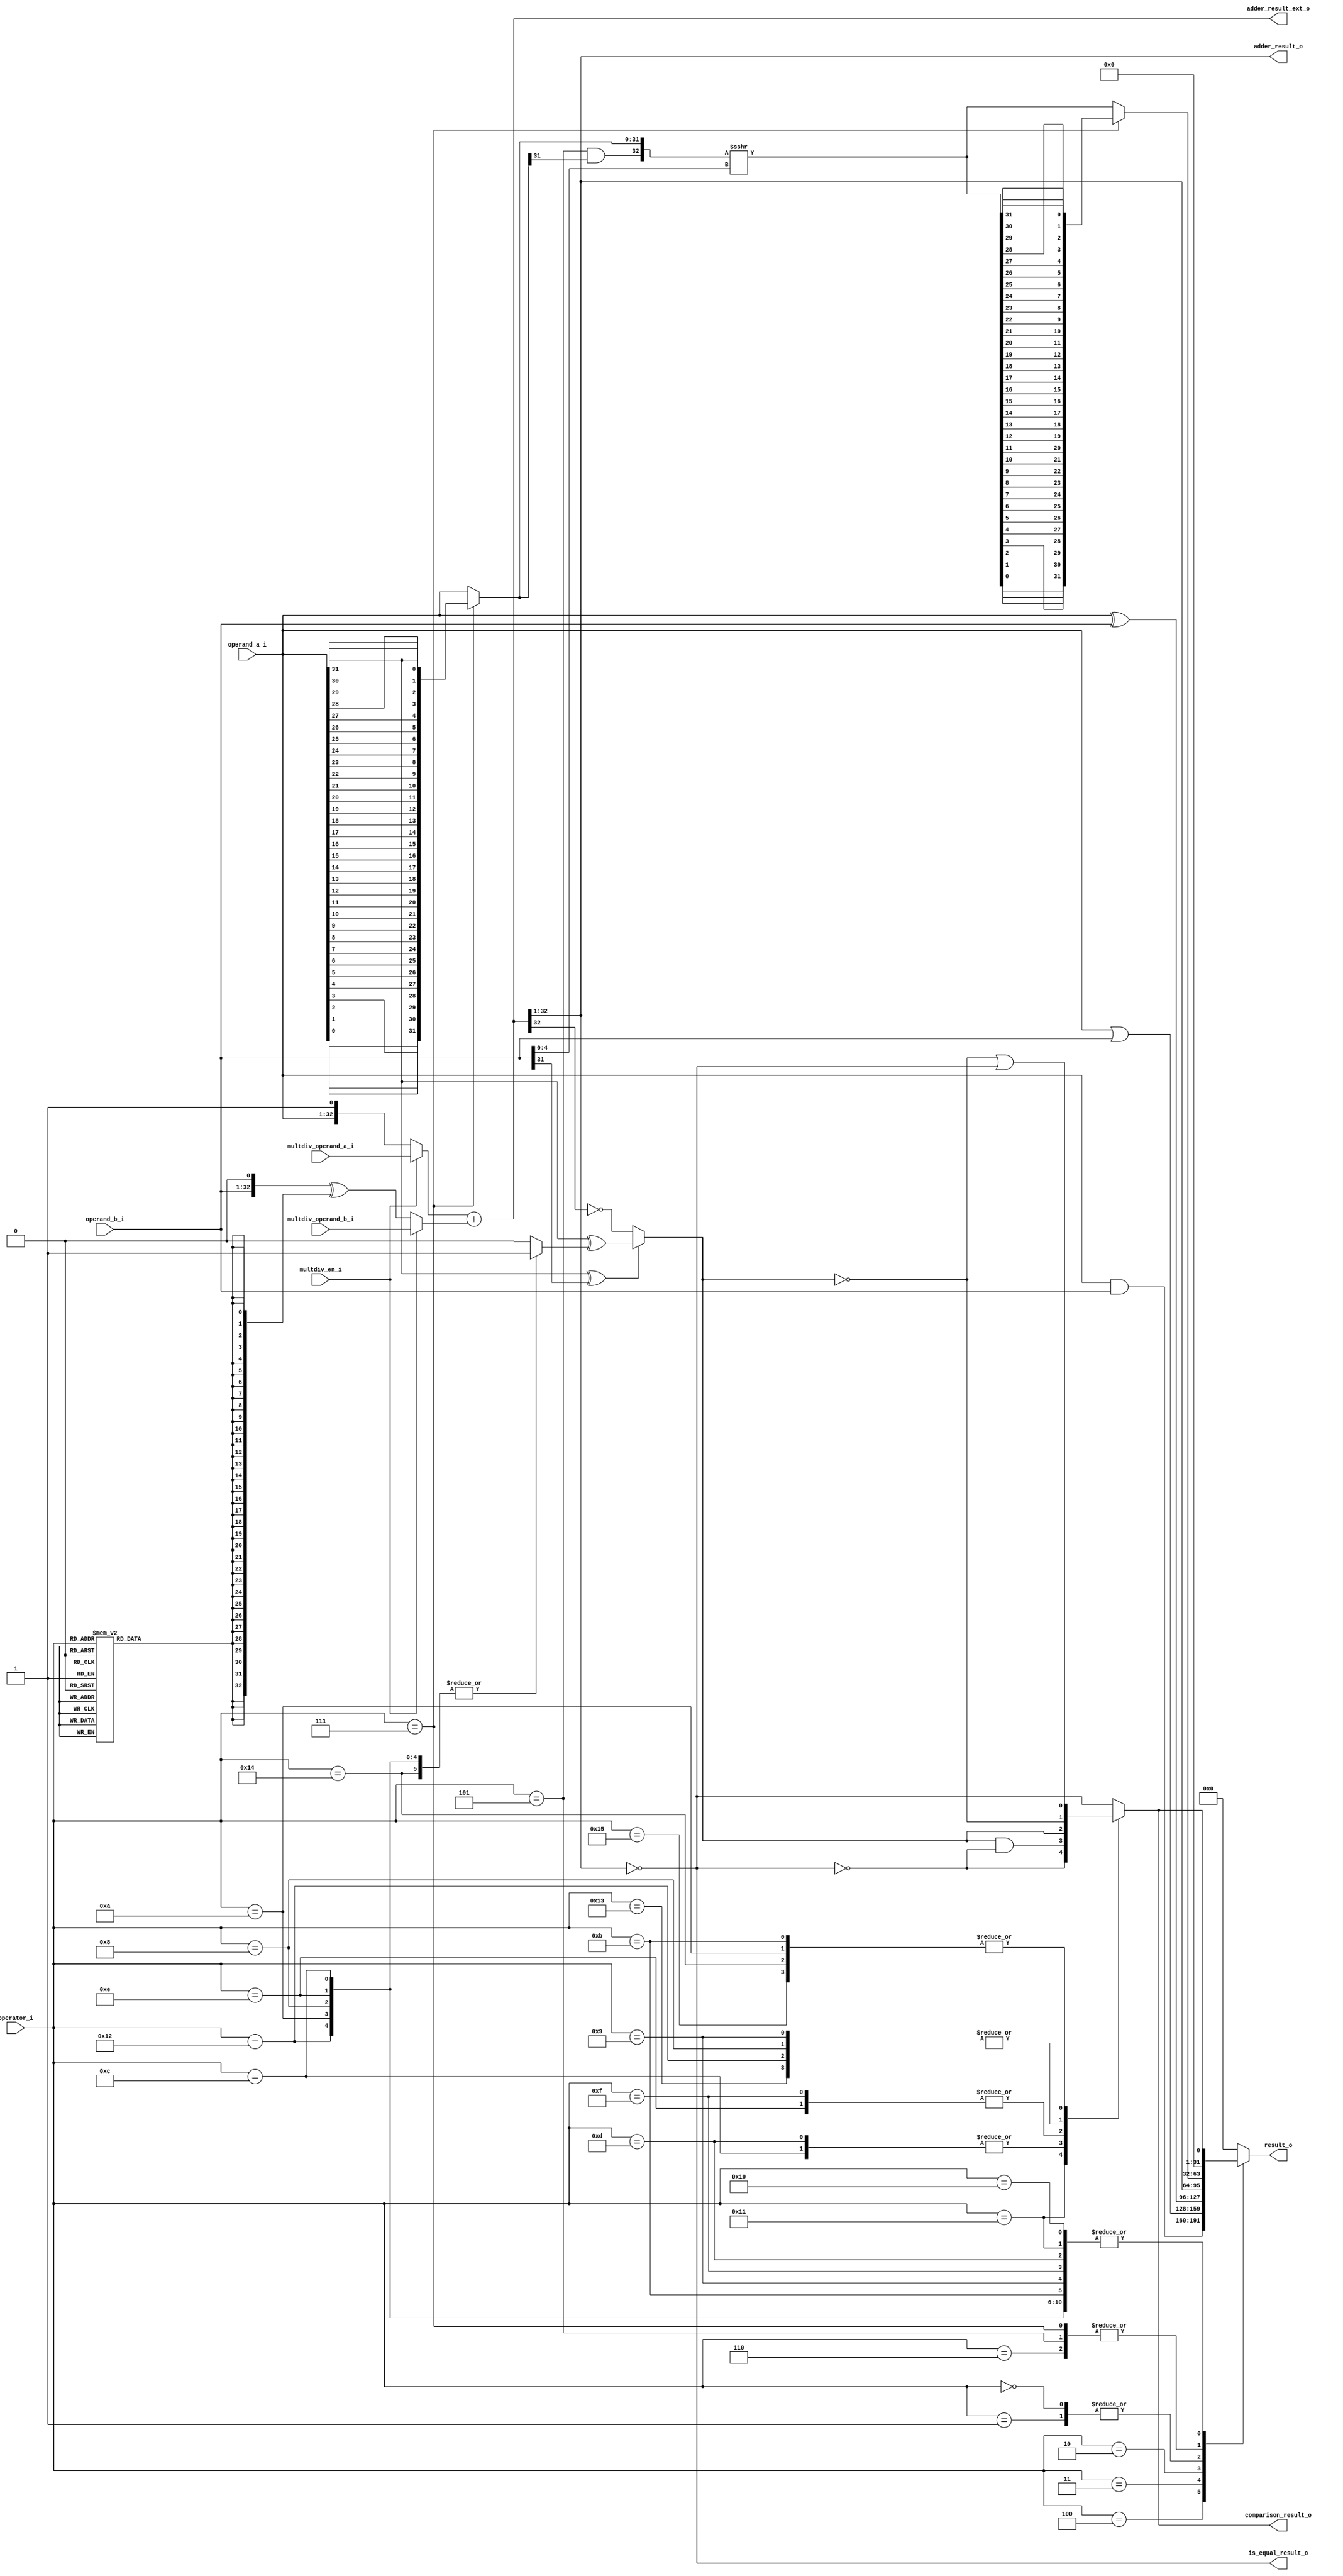
module flexbex_ibex_alu (
	operator_i,
	operand_a_i,
	operand_b_i,
	multdiv_operand_a_i,
	multdiv_operand_b_i,
	multdiv_en_i,
	adder_result_o,
	adder_result_ext_o,
	result_o,
	comparison_result_o,
	is_equal_result_o
);
	input wire [4:0] operator_i;
	input wire [31:0] operand_a_i;
	input wire [31:0] operand_b_i;
	input wire [32:0] multdiv_operand_a_i;
	input wire [32:0] multdiv_operand_b_i;
	input wire multdiv_en_i;
	output wire [31:0] adder_result_o;
	output wire [33:0] adder_result_ext_o;
	output reg [31:0] result_o;
	output wire comparison_result_o;
	output wire is_equal_result_o;
	wire [31:0] operand_a_rev;
	wire [32:0] operand_b_neg;
	genvar k;
	generate
		for (k = 0; k < 32; k = k + 1) begin : gen_revloop
			assign operand_a_rev[k] = operand_a_i[31 - k];
		end
	endgenerate
	reg adder_op_b_negate;
	wire [32:0] adder_in_a;
	wire [32:0] adder_in_b;
	wire [31:0] adder_result;
	always @(*) begin
		adder_op_b_negate = 1'b0;
		case (operator_i)
			5'd1, 5'd16, 5'd17, 5'd13, 5'd15, 5'd9, 5'd11, 5'd12, 5'd14, 5'd8, 5'd10, 5'd18, 5'd19, 5'd20, 5'd21: adder_op_b_negate = 1'b1;
			default:
				;
		endcase
	end
	assign adder_in_a = (multdiv_en_i ? multdiv_operand_a_i : {operand_a_i, 1'b1});
	assign operand_b_neg = {operand_b_i, 1'b0} ^ {33 {adder_op_b_negate}};
	assign adder_in_b = (multdiv_en_i ? multdiv_operand_b_i : operand_b_neg);
	assign adder_result_ext_o = $unsigned(adder_in_a) + $unsigned(adder_in_b);
	assign adder_result = adder_result_ext_o[32:1];
	assign adder_result_o = adder_result;
	wire shift_left;
	wire shift_arithmetic;
	wire [4:0] shift_amt;
	wire [31:0] shift_op_a;
	wire [31:0] shift_result;
	wire [31:0] shift_right_result;
	wire [31:0] shift_left_result;
	assign shift_amt = operand_b_i[4:0];
	assign shift_left = operator_i == 5'd7;
	assign shift_arithmetic = operator_i == 5'd5;
	assign shift_op_a = (shift_left ? operand_a_rev : operand_a_i);
	wire [32:0] shift_op_a_32;
	assign shift_op_a_32 = {shift_arithmetic & shift_op_a[31], shift_op_a};
	wire signed [32:0] shift_right_result_signed;
	assign shift_right_result_signed = $signed(shift_op_a_32) >>> shift_amt[4:0];
	assign shift_right_result = shift_right_result_signed[31:0];
	genvar j;
	generate
		for (j = 0; j < 32; j = j + 1) begin : gen_resrevloop
			assign shift_left_result[j] = shift_right_result[31 - j];
		end
	endgenerate
	assign shift_result = (shift_left ? shift_left_result : shift_right_result);
	wire is_equal;
	reg is_greater_equal;
	reg cmp_signed;
	always @(*) begin
		cmp_signed = 1'b0;
		case (operator_i)
			5'd12, 5'd14, 5'd8, 5'd10, 5'd18, 5'd20: cmp_signed = 1'b1;
			default:
				;
		endcase
	end
	assign is_equal = adder_result == 32'b00000000000000000000000000000000;
	assign is_equal_result_o = is_equal;
	always @(*)
		if ((operand_a_i[31] ^ operand_b_i[31]) == 1'b0)
			is_greater_equal = adder_result[31] == 1'b0;
		else
			is_greater_equal = operand_a_i[31] ^ cmp_signed;
	reg cmp_result;
	always @(*) begin
		cmp_result = is_equal;
		case (operator_i)
			5'd16: cmp_result = is_equal;
			5'd17: cmp_result = ~is_equal;
			5'd12, 5'd13: cmp_result = is_greater_equal & ~is_equal;
			5'd14, 5'd15: cmp_result = is_greater_equal;
			5'd8, 5'd18, 5'd9, 5'd19: cmp_result = ~is_greater_equal;
			5'd20, 5'd21, 5'd10, 5'd11: cmp_result = ~is_greater_equal | is_equal;
			default:
				;
		endcase
	end
	assign comparison_result_o = cmp_result;
	always @(*) begin
		result_o = 1'sb0;
		case (operator_i)
			5'd4: result_o = operand_a_i & operand_b_i;
			5'd3: result_o = operand_a_i | operand_b_i;
			5'd2: result_o = operand_a_i ^ operand_b_i;
			5'd0, 5'd1: result_o = adder_result;
			5'd7, 5'd6, 5'd5: result_o = shift_result;
			5'd16, 5'd17, 5'd13, 5'd15, 5'd9, 5'd11, 5'd12, 5'd14, 5'd8, 5'd10, 5'd18, 5'd19, 5'd20, 5'd21: result_o = {31'h00000000, cmp_result};
			default:
				;
		endcase
	end
endmodule